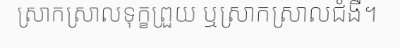
ស្រាកស្រាលទុក្ខព្រួយ ឬស្រាកស្រាលជំងឺ។